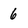
Character: 6